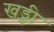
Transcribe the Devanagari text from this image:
खड्गी